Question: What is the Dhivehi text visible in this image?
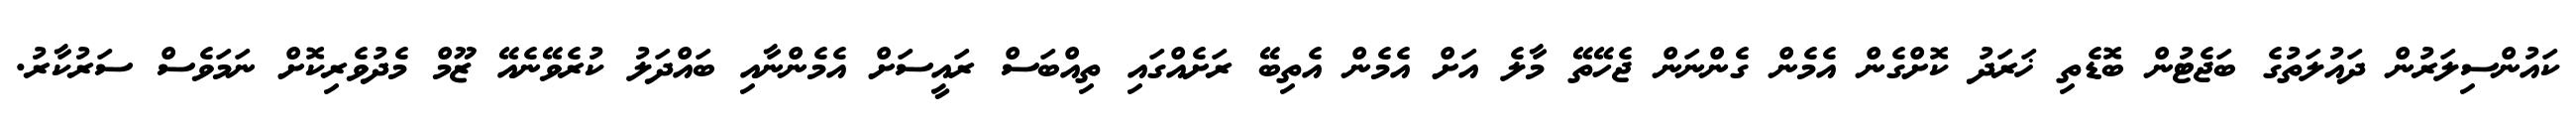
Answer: ކައުންސިލަރުން ދައުލަތުގެ ބަޖެޓުން ބޮޑެތި ޚަރަދު ކޮށްގެން އެމެން ގެންނަން ޖެހޭތޭ މާލެ އަށް އެމެން އެތިބޭ ރަށެއްގައި ތިއްބަސް ރައީސަށް އެމެންނާއި ބައްދަލު ކުރެވޭނެއޭ ޒޫމް މެދުވެރިކޮށް ނަމަވެސް ސަރުކާރު.